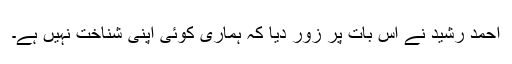
احمد رشید نے اس بات پر زور دیا کہ ہماری کوئی اپنی شناخت نہیں ہے۔